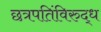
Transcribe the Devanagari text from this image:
छत्रपतिंविरुद्ध